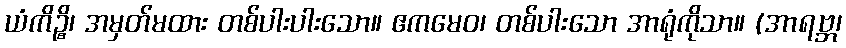
ယံကိဉ္စိ၊ အမှတ်မထား တစ်ပါးပါးသော။ ဧကမေဝ၊ တစ်ပါးသော အာရုံကိုသာ။ (အာရဗ္ဘ၊